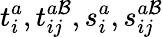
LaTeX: t_{i}^{a},t_{ij}^{a\mathcal{B}},s_{i}^{a},s_{ij}^{a\mathcal{B}}